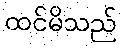
ထင်မိသည်